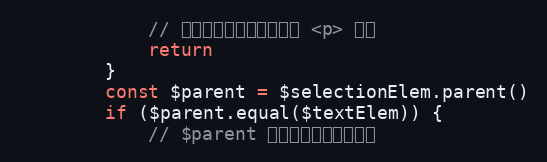
Language: JavaScript
            // 证明是顶级标签，没有被 <p> 包裹
            return
        }
        const $parent = $selectionElem.parent()
        if ($parent.equal($textElem)) {
            // $parent 是顶级标签，不能删除